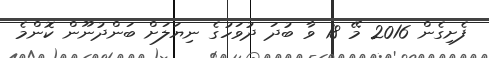
ފެށިގެން 2016 މޭ 18 ވާ ބުދަަ ދުވަހުގެ ނިޔަލަށް ބަންދުނޫން ކޮންމެ